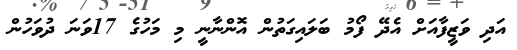
އަދި ވަޒީފާއަށް އެދޭ ފޯމު ބަލައިގަތުން އޮންނާނީ މި މަހުގެ 17ވަނަ ދުވަހުން